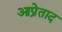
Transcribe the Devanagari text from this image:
आप्रेताद